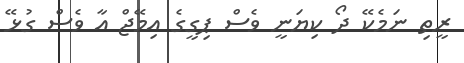
ރީތި ނަމެކޭ ދޯ ކިޔަނީ ވެސް ޕިގީގެ އިމޭޖް އާ ވެސް ގުޅޭ